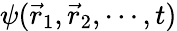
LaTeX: \psi({\vec{r}}_{1},{\vec{r}}_{2},\cdots,t)